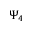
\Psi _ { 4 }